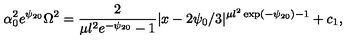
\alpha _ { 0 } ^ { 2 } e ^ { \psi _ { 2 0 } } \Omega ^ { 2 } = \frac { 2 } { \mu l ^ { 2 } e ^ { - \psi _ { 2 0 } } - 1 } | x - 2 \psi _ { 0 } / 3 | ^ { \mu l ^ { 2 } \exp ( - \psi _ { 2 0 } ) - 1 } + c _ { 1 } ,